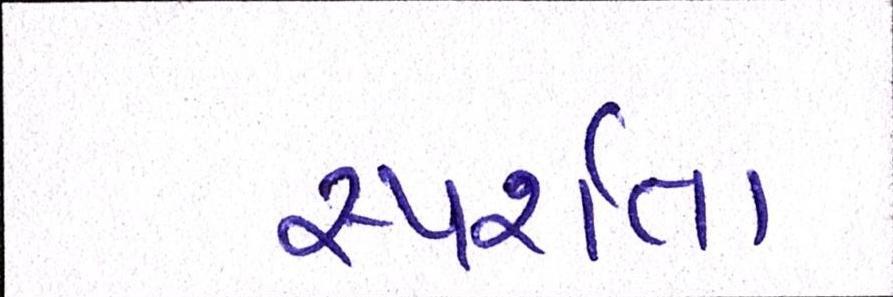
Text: સ્પર્શતા